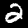
Label: 2